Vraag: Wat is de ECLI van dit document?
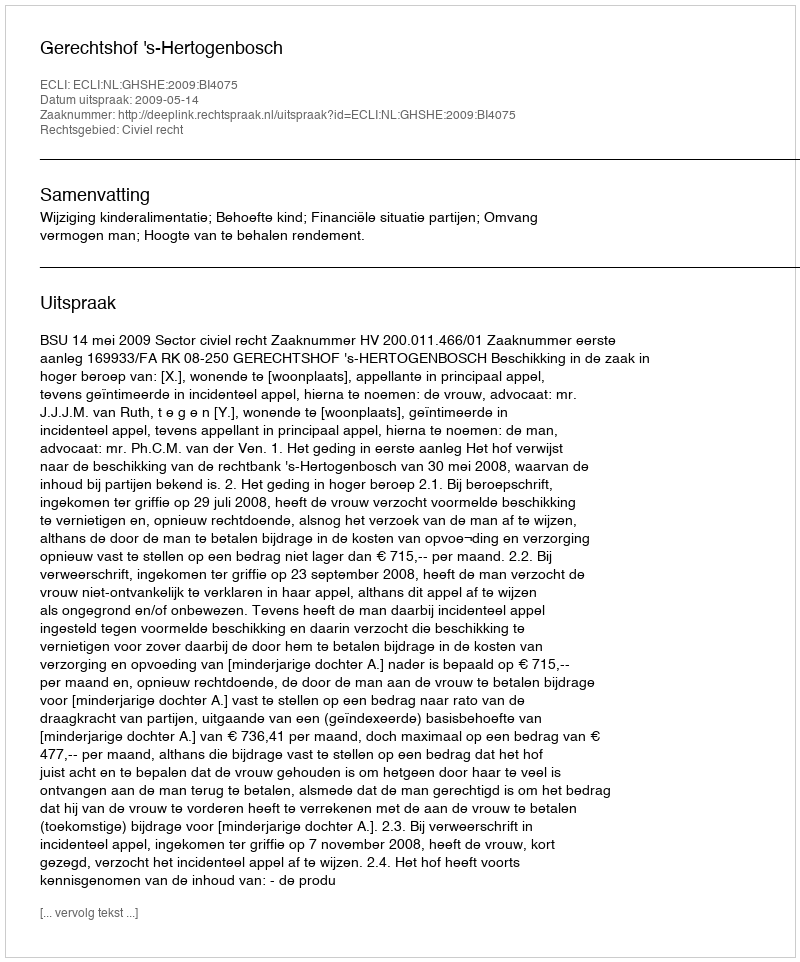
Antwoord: ECLI:NL:GHSHE:2009:BI4075